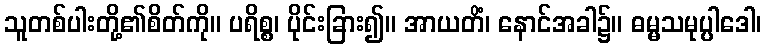
သူတစ်ပါးတို့၏စိတ်ကို။ ပရိစ္စ၊ ပိုင်းခြား၍။ အာယတိံ၊ နောင်အခါ၌။ ဓမ္မသမုပ္ပါဒေါ၊